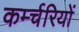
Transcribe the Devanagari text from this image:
कर्म्चरियों